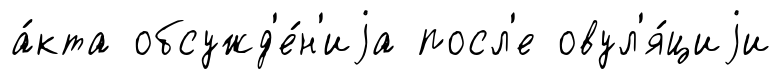
а́кта обсужд'е́н'иjа посл'е овул'я́циjи